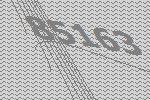
85163